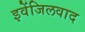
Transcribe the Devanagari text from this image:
इवेंजिलवाद